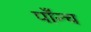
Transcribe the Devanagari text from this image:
पाँन्च